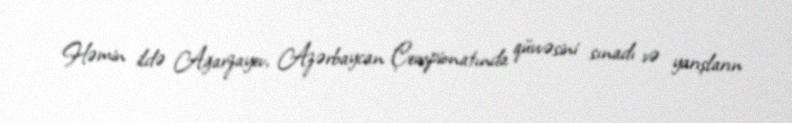
Həmin ildə Ağarzayev, Azərbaycan Çempionatında qüvvəsini sınadı və yarışların